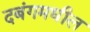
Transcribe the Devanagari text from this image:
दबंगमधील